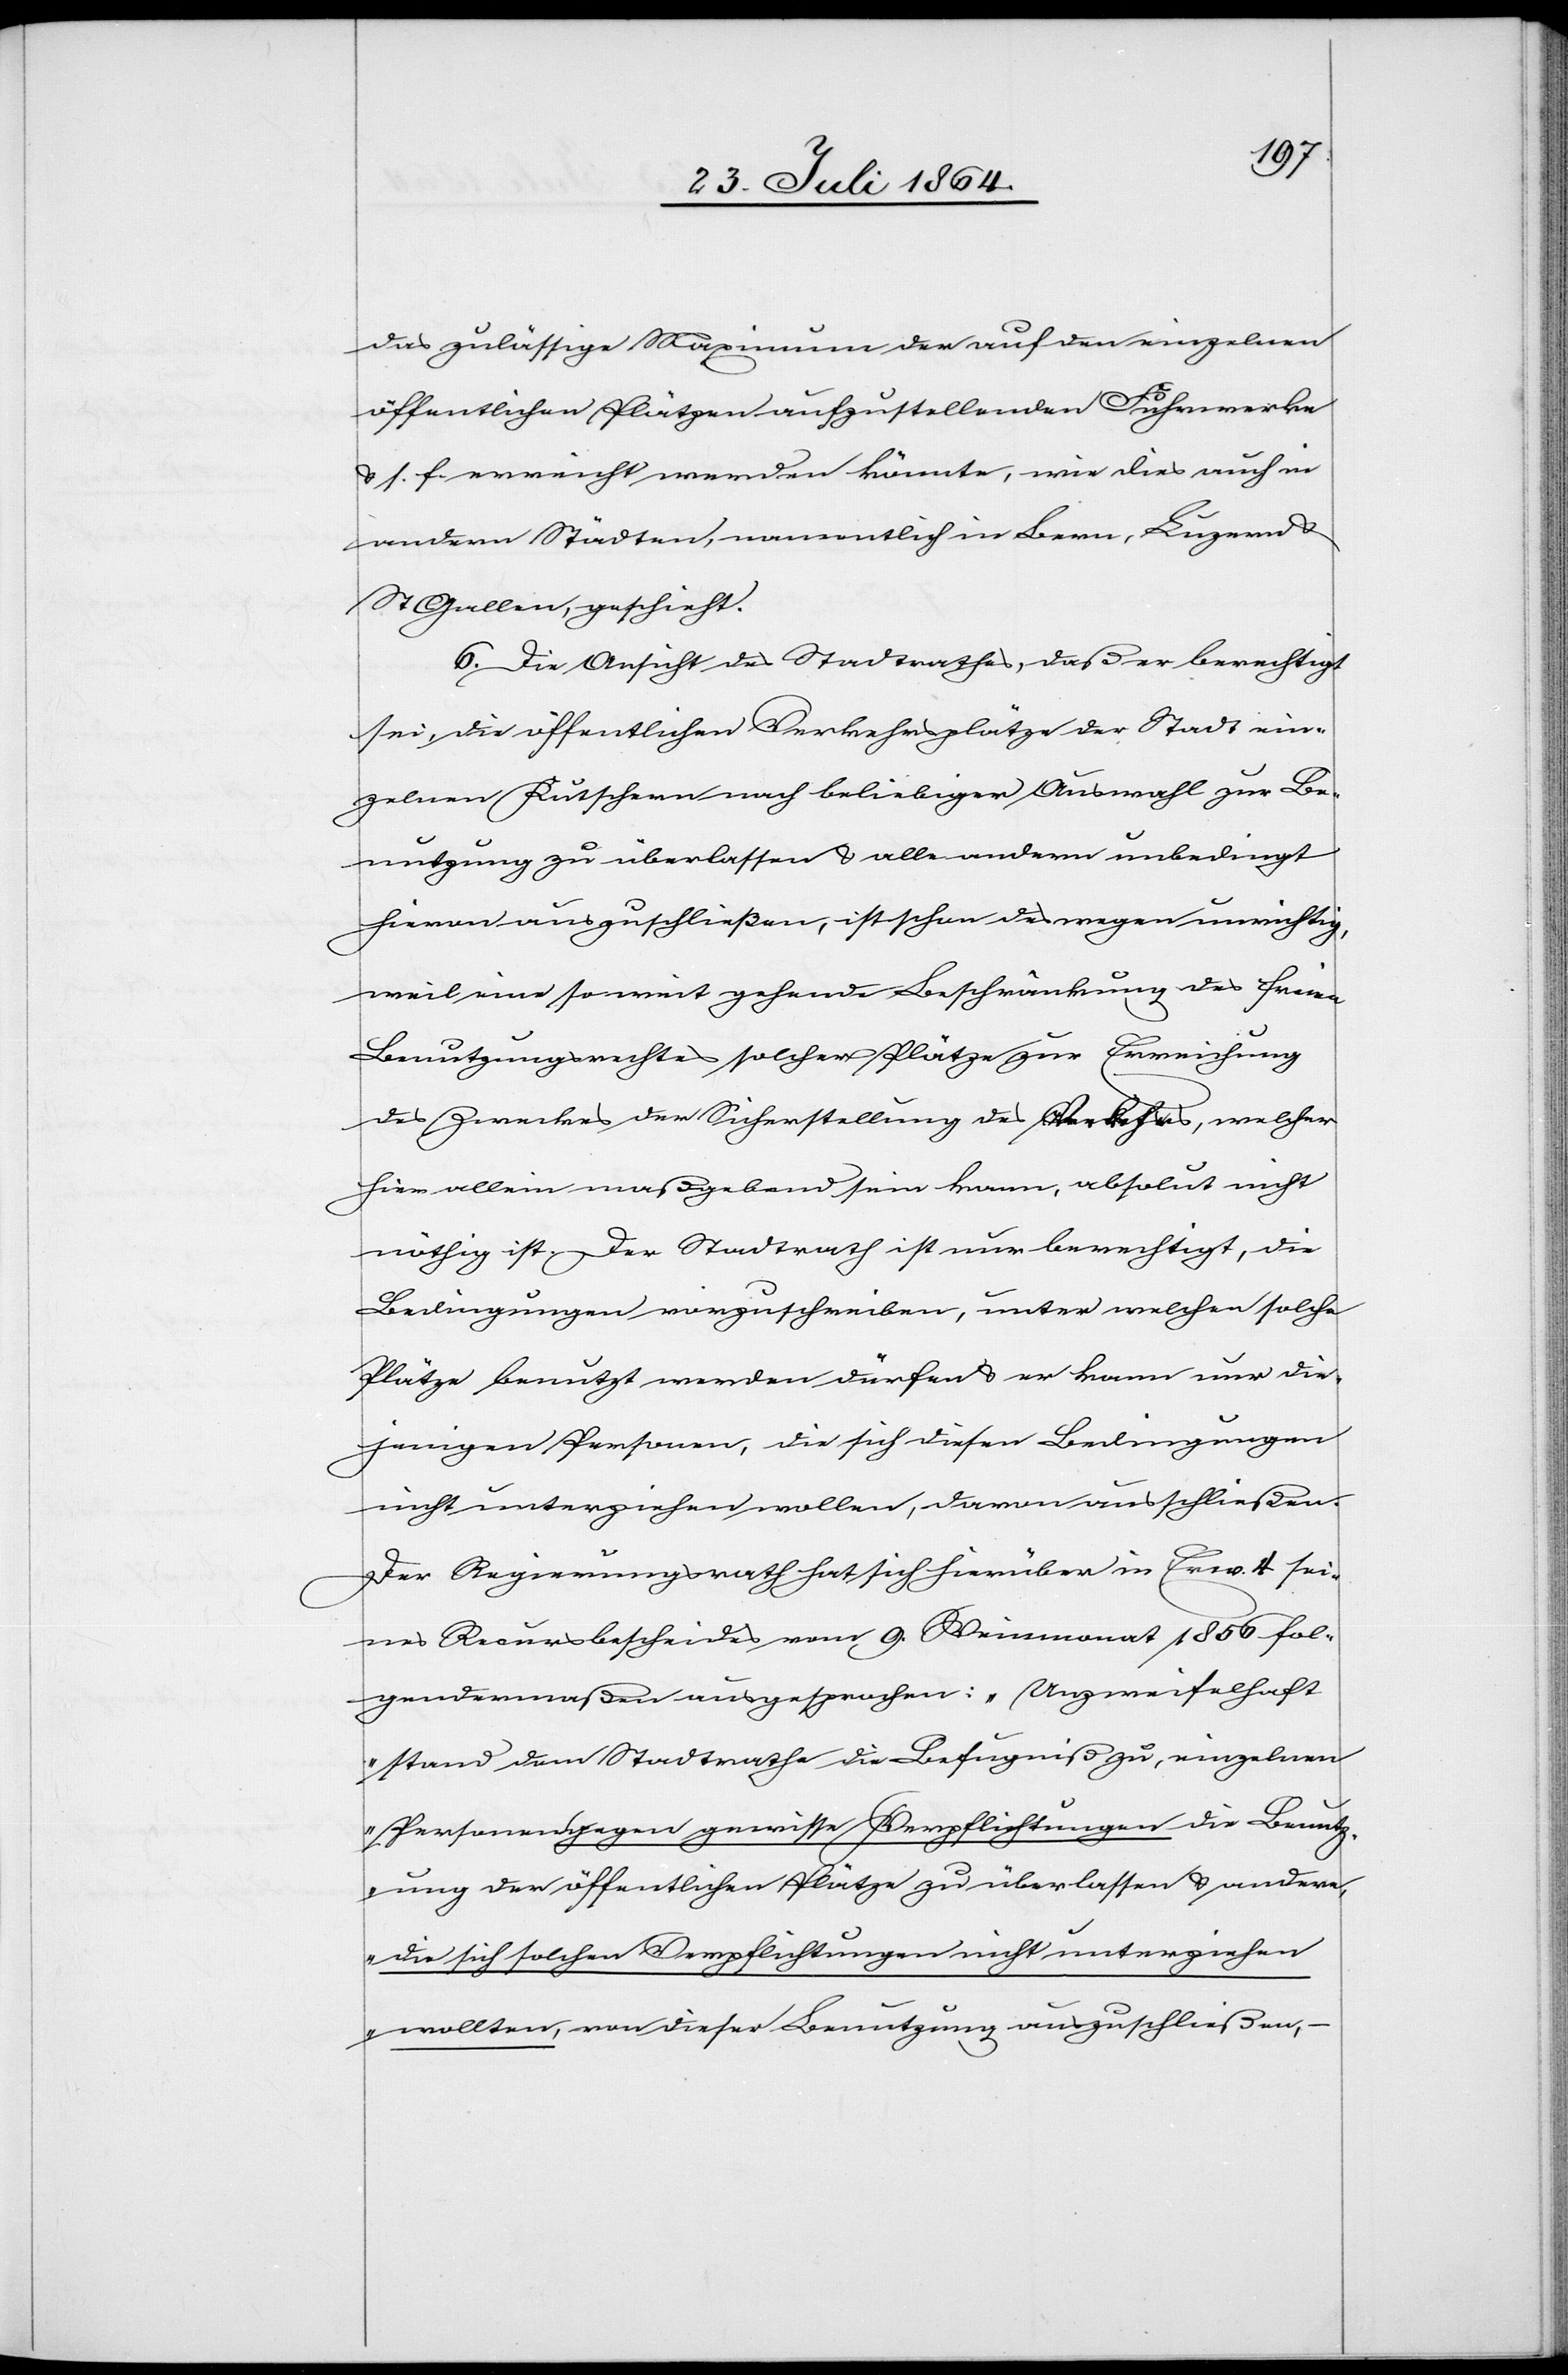
das zulässige Maximum der auf den einzelnen
öffentlichen Plätzen aufzustellenden Fuhrwerke
& s. f. erreicht werden könnte, wie dies auch in
anderen Städten, namentlich Bern, Luzern &
St. Gallen, geschieht.
6. Die Ansicht des Stadtrathes, daß er berechtigt
sei, die öffentlichen Verkehrsplätze der Stadt ein¬
zelnen Kutschern nach beliebiger Auswahl zur Be¬
nutzung zu überlassen & alle andern unbedingt
hievon auszuschließen, ist schon deswegen unrichtig,
weil eine soweit gehende Beschränkung des freien
Benutzungsrechtes solcher Plätze zur Erreichung
des Zweckes der Sicherstellung des Verkehrs, welcher
hier allein maßgebend sein kann, absolut nicht
nötig ist. Der Stadtrath ist nur berechtigt, die
Bedingungen vorzuschreiben, unter welchen solche
Plätze benutzt werden dürfen & er kann nur die¬
jenigen Personen, die sich diesen Bedingungen
nicht unterziehen wollen, davon ausschließen.
Der Regierungsrath hat sich hierüber in Erw. 4 sei¬
nes Recursbescheides vom 9. Weinmonat 1856 fol¬
gendermaßen ausgesprochen: „Unzweifelhaft
stand dem Stadtrathe die Befugniß zu, einzelnen
Personen gegen gewisse Verpflichtungen die Benutz¬
ung der öffentlichen Plätze zu überlassen & andern,
die sich solchen Verpflichtungen nicht unterziehen
wollten, von dieser Benutzung auszuschließen, –